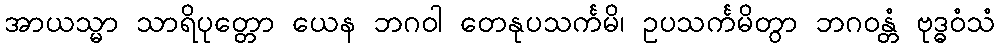
အာယသ္မာ သာရိပုတ္တော ယေန ဘဂဝါ တေနုပသင်္ကမိ၊ ဥပသင်္ကမိတွာ ဘဂဝန္တံ ဗုဒ္ဓဝံသံ